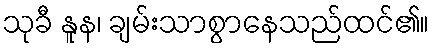
သုခီ နူန၊ ချမ်းသာစွာနေသည်ထင်၏။